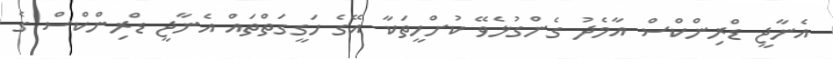
އެނާޖީ ޑްރިންކްސް އާމެދު ގެންގުޅެވޭ ކުށްހީތަކާ އޭގެ ހަގީގަތްތައް އެނާޖީ ޑްރިންކްސް ގެ